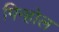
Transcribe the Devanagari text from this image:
पिन्होल